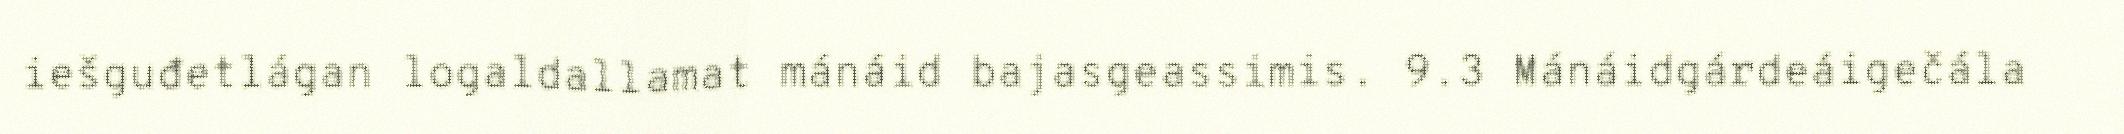
iešguđetlágan logaldallamat mánáid bajasgeassimis. 9.3 Mánáidgárdeáigečála